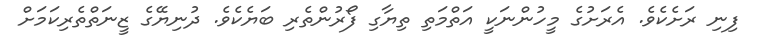
ފިނި ރަށެކެވެ. އެރަށުގެ މީހުންނަކީ އަތްމަތި ތިޔާގި ފޯރުންތެރި ބަޔެކެވެ. ދުނިޔޭގެ ޒީނަތްތެރިކަމަށް